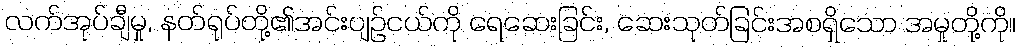
လက်အုပ်ချီမှု, နတ်ရုပ်တို့၏အင်းပျဉ်ငယ်ကို ရေဆေးခြင်း, ဆေးသုတ်ခြင်းအစရှိသော အမှုတို့ကို။